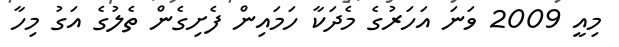
މިއީ 2009 ވަނަ އަހަރުގެ މެދަކާ ހަމައިން ފެށިގެން ތެލުގެ އަގު މިހާ